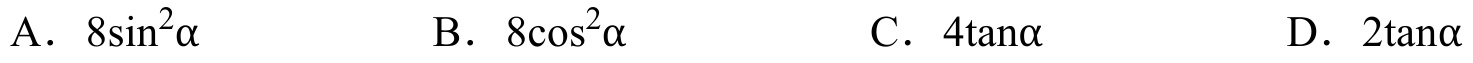
A. \(8\sin^{2}\alpha\)  B. \(8\cos^{2}\alpha\)  C. \(4\tan\alpha\)  D. \(2\tan\alpha\)